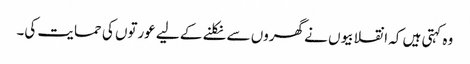
وہ کہتی ہیں کہ انقلابیوں نے گھروں سے نکلنے کے لیے عورتوں کی حمایت کی۔